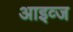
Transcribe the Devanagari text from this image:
आइव्ज